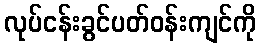
လုပ်ငန်းခွင်ပတ်ဝန်းကျင်ကို